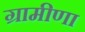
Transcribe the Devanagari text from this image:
ग्रामीणा